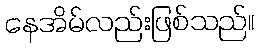
နေအိမ်လည်းဖြစ်သည်။